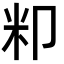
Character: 𮇄